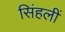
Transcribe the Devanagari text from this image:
सिंहलीं